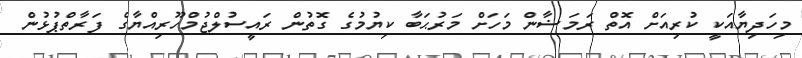
މިހަދިޔާއަކީ ކުރިއަށް އޮތް ރަމަޟާން މަހަށް މަރުޙަބާ ކިޔުމުގެ ގޮތުން ރައީސުލްޖުމްހޫރިއްޔާގެ ފަރާތްޕުޅުން